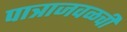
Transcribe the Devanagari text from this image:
पात्राजवळची